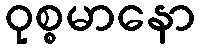
ဝုစ္စမာနော